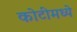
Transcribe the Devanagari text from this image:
कोटीमध्ये